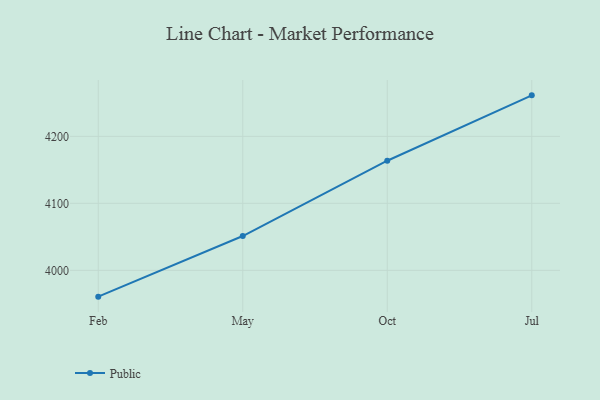
{"axis": {"x": "Month", "y": "Shipments"}, "legend": ["Public"], "data": [{"x": "Feb", "y": 3960.7, "type": "Public"}, {"x": "May", "y": 4051.2, "type": "Public"}, {"x": "Oct", "y": 4163.6, "type": "Public"}, {"x": "Jul", "y": 4261.2, "type": "Public"}]}